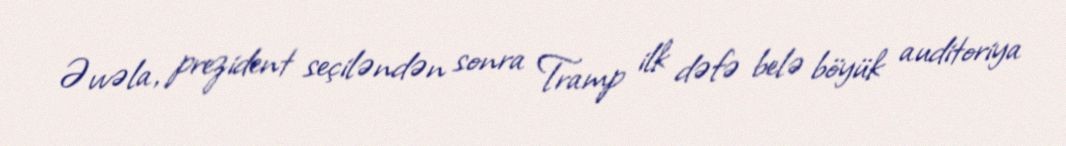
Əvvəla, prezident seçiləndən sonra Tramp ilk dəfə belə böyük auditoriya